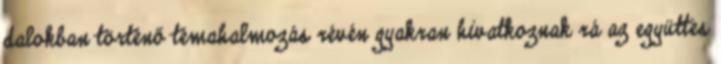
dalokban történő témahalmozás révén gyakran hivatkoznak rá az együttes